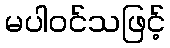
မပါဝင်သဖြင့်